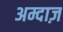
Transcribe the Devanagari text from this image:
अम्दाज़